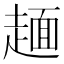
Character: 𧼸